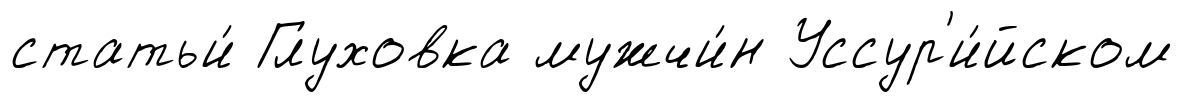
статьи́ Глуховка мужчи́н Уссур'и́йском